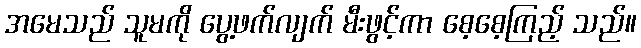
အမေသည် သူမကို ပွေ့ဖက်လျက် မီးဖွင့်ကာ စေ့စေ့ကြည့် သည်။